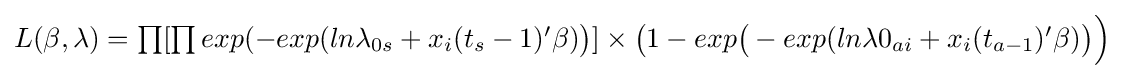
L(\beta ,\lambda )=\textstyle \prod [\prod exp(-exp(ln\lambda _{0s}+x_{i}(t_{s}-1)'\beta ){\bigr )}]\times {\bigl (}1-exp{\bigl (}-exp(ln\lambda 0_{ai}+x_{i}(t_{a-1})'\beta ){\bigr )}{\Bigr )}